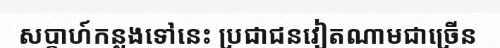
សប្តាហ៍កន្លងទៅនេះ ប្រជាជនវៀតណាមជាច្រើន